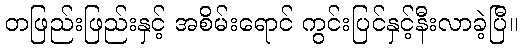
တဖြည်းဖြည်းနှင့် အစိမ်းရောင် ကွင်းပြင်နှင့်နီးလာခဲ့ပြီ။